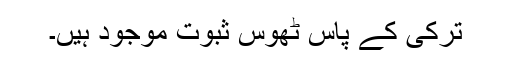
ترکی کے پاس ٹھوس ثبوت موجود ہیں۔